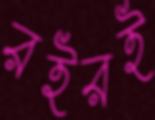
রইরই